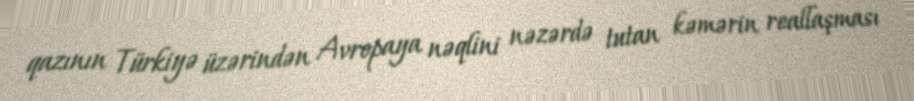
qazının Türkiyə üzərindən Avropaya nəqlini nəzərdə tutan kəmərin reallaşması